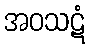
အဝသဋံ